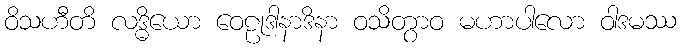
ဝိသဟီတိ လဒ္ဓိယော ဝေဠုဒါနာဒိနာ ဝသိတွာဝ မဟာပါလော ဝါဒမဿ